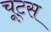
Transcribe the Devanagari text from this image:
चूट्स